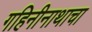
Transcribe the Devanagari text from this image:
गहिनीनाथाचा